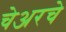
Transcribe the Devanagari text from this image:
चेअरचे